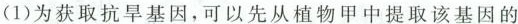
(1)为获取抗旱基因，可以先从植物甲中提取该基因的